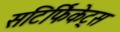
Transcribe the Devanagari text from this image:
सटिर्फिकेट्स